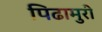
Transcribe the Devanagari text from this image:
पिढामुरी